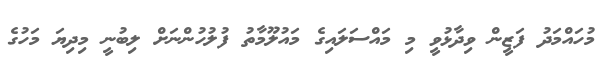
މުހައްމަދު ފަޒީން ވިދާޅުވީ މި މައްސަލައިގެ މައުލޫމާތު ފުލުހުންނަށް ލިބުނީ މިދިޔަ މަހުގެ